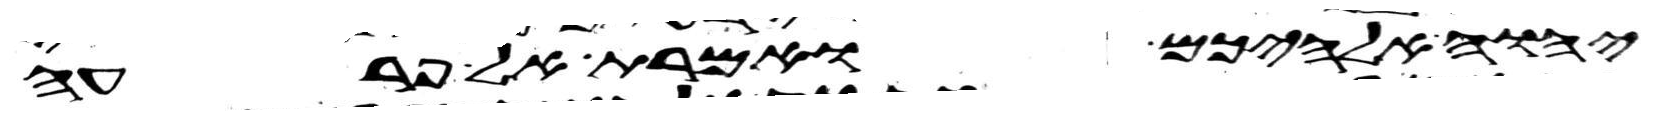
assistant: יהוה אלהיכם ואמרת אל פרעה